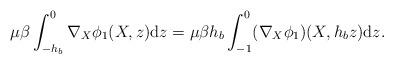
LaTeX: \begin{align*} \mu \beta \int_{-h_b}^0 \nabla_X \phi_1 (X,z) \mathrm{d}z = \mu \beta h_b \int_{-1}^0 (\nabla_X \phi_1)(X, h_b z) \mathrm{d}z. \end{align*}